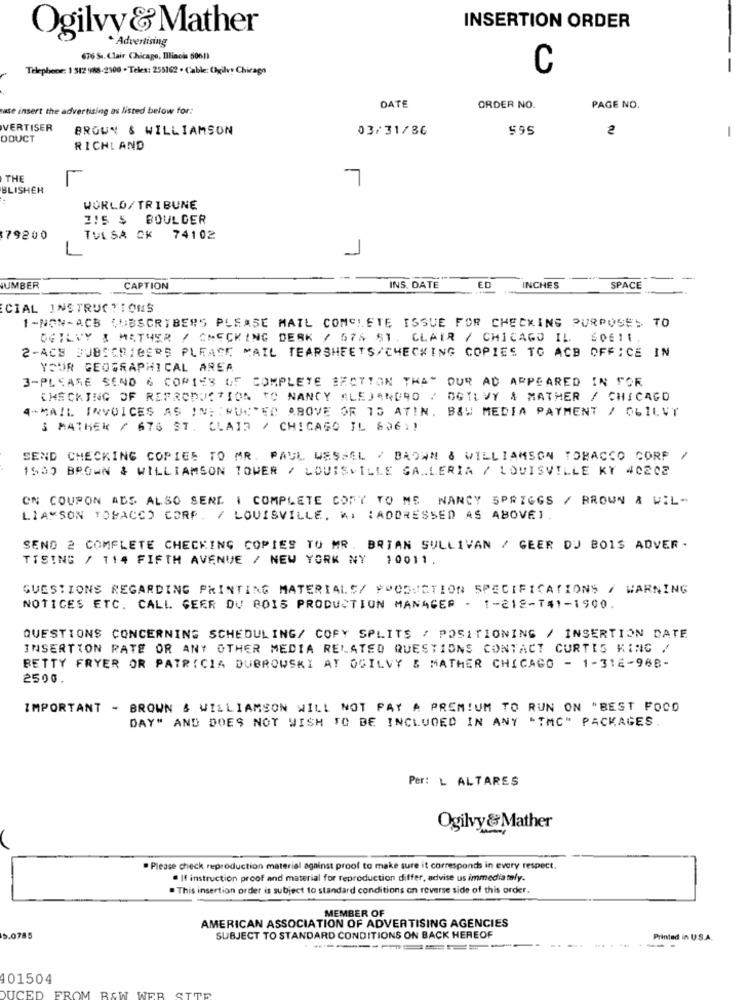
Ogilvy &Mather
INSERTION ORDER
. Advertising
676 Sa. Clair Chicago, Illinois 5061)
Telephone: 1 312 988-2100 - Teles: 255162 . Cable: Chygilvy Chicago
C
-
ase insert the advertising as listed below for:
DATE
ORDER NO.
PAGE NO.
VERTISER
BROWN & WILLIAMSON
03/31/36
595
2
-
ODUCT
RICHLAND
THE
7
BLISHER
WORLD/TRIBUNE
215 $ BOULDER
79200
TULSA CK 74102
ED
UMBER
CAPTION
INS. DATE
INCHES
SPACE
CIAL INSTRUCTIONS
1-NON-ACB SUBSCRIBERS PLEASE MAIL COMPLETE ISSUE FOR CHECKING PURPOSES TO
OGILVY & MATHER / CHECKING DESK / 576 ST. CLAIR / CHICAGO IL. SOEI1.
2-ACE SUBSCRIBERS PLEASE MAIL TEARSHEETS/CHECKING COPIES TO ACB OFFICE IN
YOUR GEOGRAPHICAL AREA
3-PLEASE SEND 6 COPIES OF COMPLETE SECTION THAT OUR AD APPEARED IN FOR
CHECKING OF REPRODUCTION TO NANCY ALEJANDRO / OGILVY & MATHER / CHICAGO
4-MAIL INVOICES AS IN; : NUCRED ABOVE OR 15 ATIN. B&W MEDIA PAYMENT / OGILVY
3 MATHEK / 676 ST. CLAIR / CHICAGO IL 606 .!
SEND CHECKING COPIES TO MR. PAUL WESSEL / BAOWN & WILLIAMSON TOBACCO CORP
1500 BROWN & WILLIAMSON TOWER / LOUISVILLE GALLERIA / LOUISVILLE KY 40202
ON COUPON ADS ALSO SEND I COMPLETE CORY TO ME NANCY SPRIGGS / BROWN & WIL-
LIAMSON TOBACCO CORP. / LOUISVILLE, KI :ADDRESSED AS ABOVE) .
SEND 2 COMFLETE CHECKING COPIES TO MR. BRIAN SULLIVAN / GEER DU BOIS ADVER .
TISING / 114 FIFTH AVENUE / NEW YORK NY
10011
QUESTIONS REGARDING PRINTING MATERIALS/ PRODUCTION SPECIFICATIONS / WARNING
NOTICES ETC. CALL GEER DU BOIS PRODUCTION MANAGER - 1-212-T#1-1900.
QUESTIONS CONCERNING SCHEDULING/ COPY SPLITS / POSITIONING / INSERTION DATE
INSERTION RATE OR ANY OTHER MEDIA RELATED QUESTIONS CONTACT CURTIS KING /
BETTY FRYER OR PATRICIA DUBROWSKI AT OGILVY & MATHER CHICAGO - 1-312-988-
2500.
IMPORTANT - BROWN & WILLIAMSON WILL NOT PAY A PREMIUM TO RUN ON "BEST FOCO
DAY" AND DOES NOT WISH TO BE INCLUDED IN ANY "TMC" PACKAGES.
Per: L ALTARES
Ogilvy &Mather
. Please check reproduction material against proof to make sure it corresponds in every respect.
@ If instruction proof and material for reproduction differ, advise us immediately.
. This insertion order is subject to standard conditions on reverse side of this order.
MEMBER OF
AMERICAN ASSOCIATION OF ADVERTISING AGENCIES
5.0785
SUBJECT TO STANDARD CONDITIONS ON BACK HEREOF
Printed in U.S.A.
---
......--
101504
OM BEW WEB SITE
DUCED